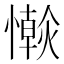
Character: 𢣴